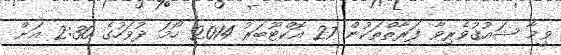
ވީމާ ޝައުޤުވެރިވާ ފަރާތްތަކުން 27 އޮކްޓޫބަރު 2014 ހޯމަ ދުވަހުގެ 2:30 އަށް